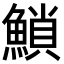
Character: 𩹳